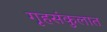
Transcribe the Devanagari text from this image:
गृहसंकुलात